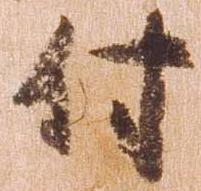
付